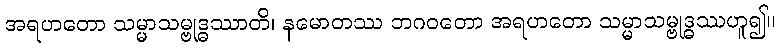
အရဟတော သမ္မာသမ္ဗုဒ္ဓဿာတိ၊ နမောတဿ ဘဂဝတော အရဟတော သမ္မာသမ္ဗုဒ္ဓဿဟူ၍။